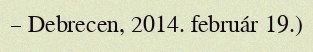
– Debrecen, 2014. február 19.)